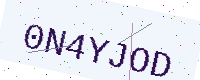
Text: 0N4YJOD